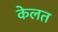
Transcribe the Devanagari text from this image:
केलत